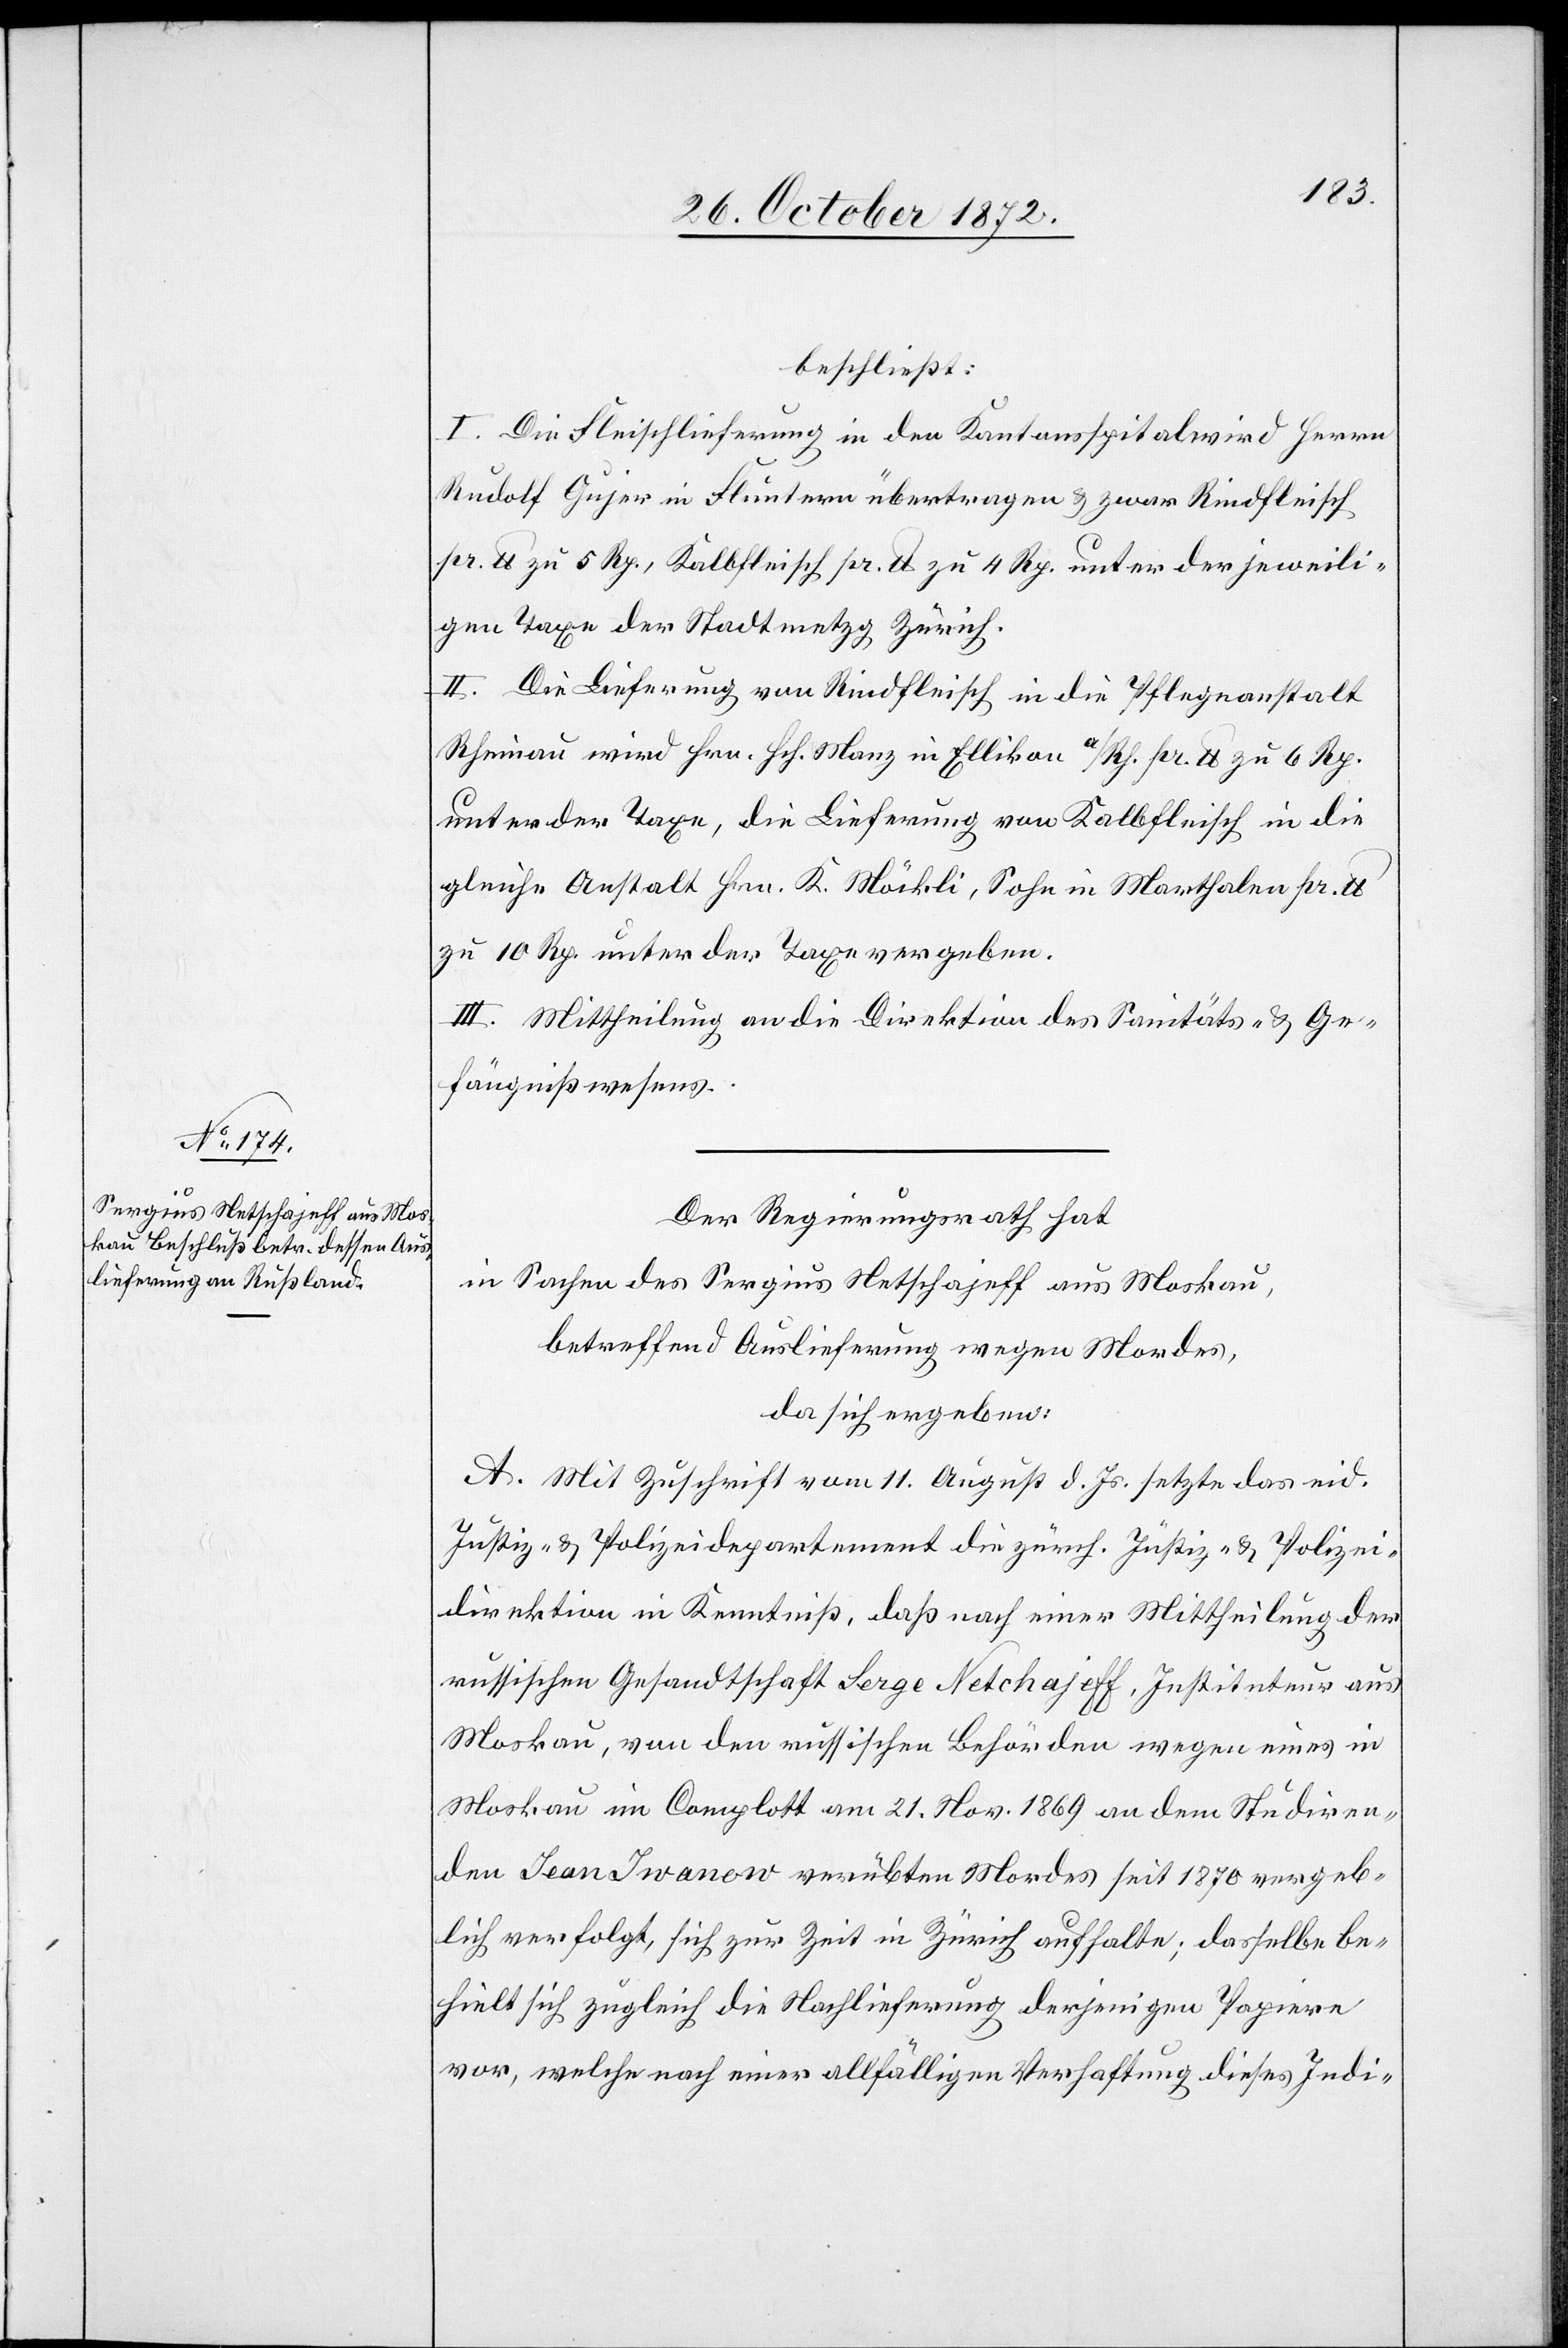
beschließt:
I. Die Fleischlieferung in den Kantonsspital wird Herrn
Rudolf Gujer in Fluntern übertragen u. zwar Rindfleisch
pr. lb. zu 5 Rp., Kalbfleisch pr. lb. zu 4 Rp. unter der jeweili¬
gen Taxe der Stadtmetzg Zürich.
II. Die Lieferung von Rindfleisch in die Pflegeanstalt
Rheinau wird Hrn. Hch. Manz in Ellikon a/Rh. pr. lb. zu 6 Rp.
unter der Taxe, die Lieferung von Kalbfleisch in die
gleiche Anstalt Hrn. K. Möckli, Sohn in Marthalen pr. lb.
zu 10 Rp. unter der Taxe vergeben.
III. Mittheilung an die Direktion des Sanitäts- u. Ge¬
fängnißwesens.